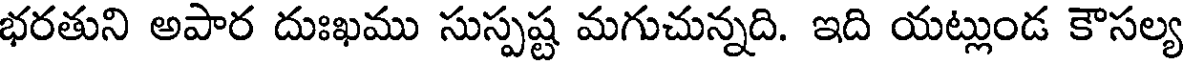
భరతుని అపార దుఃఖము సుస్పష్ట మగుచున్నది. ఇది యట్లుండ కౌసల్య